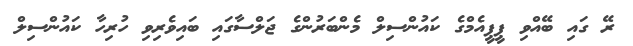
ރޭ ގައި ބޭއްވި ޕީޕީއެމްގެ ކައުންސިލް މެންބަރުންގެ ޖަލްސާގައި ބައިވެރިވި ހުރިހާ ކައުންސިލް